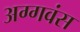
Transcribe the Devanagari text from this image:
अग्गवंस